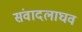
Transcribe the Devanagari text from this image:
संवादलाघव